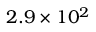
2 . 9 \times 1 0 ^ { 2 }